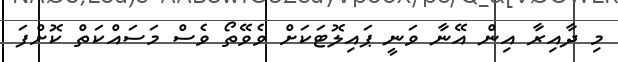
މި ދާއިރާ އިން އޭނާ ވަނީ ޕައިލޮޓަކަށް ވެވޭތޯ ވެސް މަސައްކަތް ކޮށްފަ